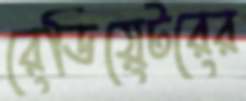
রেডিয়েটরের